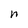
Character: n